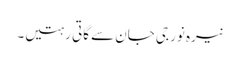
نیرہ نور جی جان سے گاتی رہتیں۔